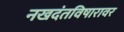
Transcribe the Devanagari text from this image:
नखदंतविषारावर